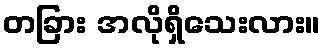
တခြား အလိုရှိသေးလား။